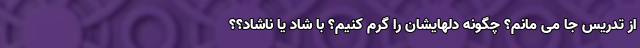
از تدریس جا می مانم؟ چگونه دلهایشان را گرم کنیم؟ با شاد یا ناشاد؟؟